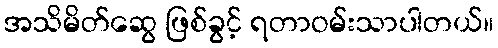
အသိမိတ်ဆွေ ဖြစ်ခွင့် ရတာဝမ်းသာပါတယ်။